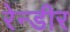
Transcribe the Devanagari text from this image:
रेन्डीर